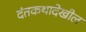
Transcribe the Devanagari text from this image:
दंतकथादेखील